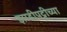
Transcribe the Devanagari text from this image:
झाडीपट्टीच्या